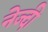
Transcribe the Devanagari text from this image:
नेज्दी